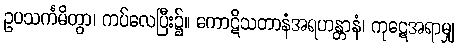
ဥပသင်္ကမိတွာ၊ ကပ်လေပြီး၌။ ကောဋိသတာနံအရဟန္တာနံ၊ ကုဋေအရာမျှ